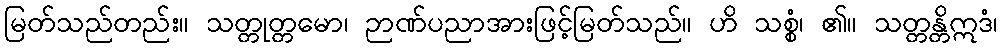
မြတ်သည်တည်း။ သတ္တုတ္တမော၊ ဉာဏ်ပညာအားဖြင့်မြတ်သည်။ ဟိ သစ္စံ၊ ၏။ သတ္တန္တိဣဒံ၊